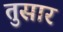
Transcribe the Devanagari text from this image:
तुसार